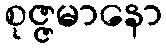
စုဇ္ဇမာနော